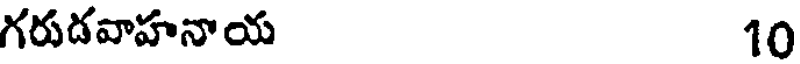
గరుడవాహనాయ 10